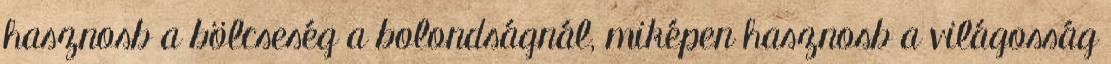
hasznosb a bölcseség a bolondságnál, miképen hasznosb a világosság